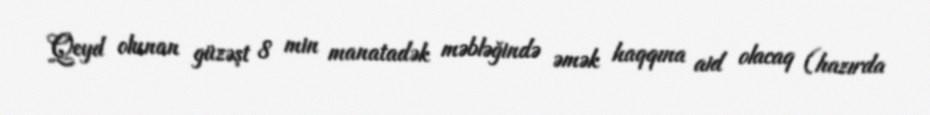
Qeyd olunan güzəşt 8 min manatadək məbləğində əmək haqqına aid olacaq (hazırda